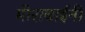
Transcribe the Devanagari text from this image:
मीराबाईंनी